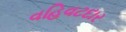
વહિવટદાર